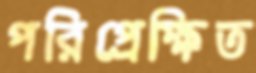
পরিপ্রেক্ষিত